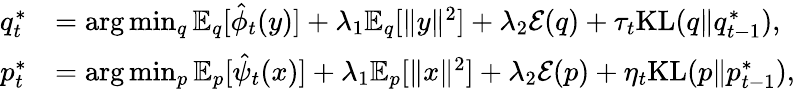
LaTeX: \begin{array}{rl}{q_{t}^{*}}&{=\arg\operatorname*{min}_{q}\mathbb{E}_{q}[\hat{\phi}_{t}(y)]+\lambda_{1}\mathbb{E}_{q}[\| y\| ^{2}]+\lambda_{2}\mathcal{E}(q)+\tau_{t}\mathrm{KL}(q\| q_{t-1}^{*}),}\\ {p_{t}^{*}}&{=\arg\operatorname*{min}_{p}\mathbb{E}_{p}[\hat{\psi}_{t}(x)]+\lambda_{1}\mathbb{E}_{p}[\| x\| ^{2}]+\lambda_{2}\mathcal{E}(p)+\eta_{t}\mathrm{KL}(p\| p_{t-1}^{*}),}\end{array}